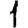
Digit: 1